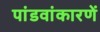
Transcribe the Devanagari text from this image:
पांडवांकारणें